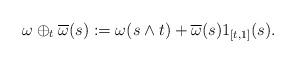
LaTeX: \begin{align*}\omega \oplus_t \overline\omega(s): ={\omega(s\wedge t)} + \overline\omega(s)1_{[t,1]}(s).\end{align*}